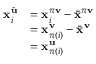
\begin{array} { r l } { \mathbf { x } _ { i } ^ { \tilde { \mathbf { u } } } } & { = \mathbf { x } _ { i } ^ { \pi \mathbf { v } } - \bar { \mathbf { x } } ^ { \pi \mathbf { v } } } \\ & { = \mathbf { x } _ { \pi ( i ) } ^ { \mathbf { v } } - \bar { \mathbf { x } } ^ { \mathbf { v } } } \\ & { = \mathbf { x } _ { \pi ( i ) } ^ { \mathbf { u } } } \end{array}